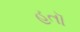
હતૉ